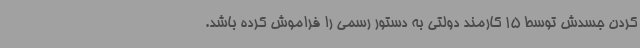
کردن جسدش توسط 15 کارمند دولتی به دستور رسمی را فراموش کرده باشد.